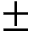
\pm